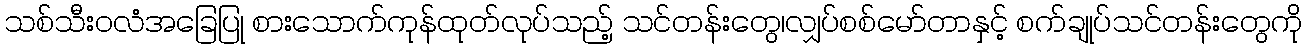
သစ်သီးဝလံအခြေပြု စားသောက်ကုန်ထုတ်လုပ်သည့် သင်တန်းတွေ၊လျှပ်စစ်မော်တာနှင့် စက်ချုပ်သင်တန်းတွေကို